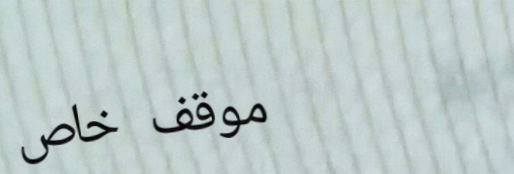
موقف خاص